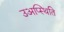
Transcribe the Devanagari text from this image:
उअप्स्थिति